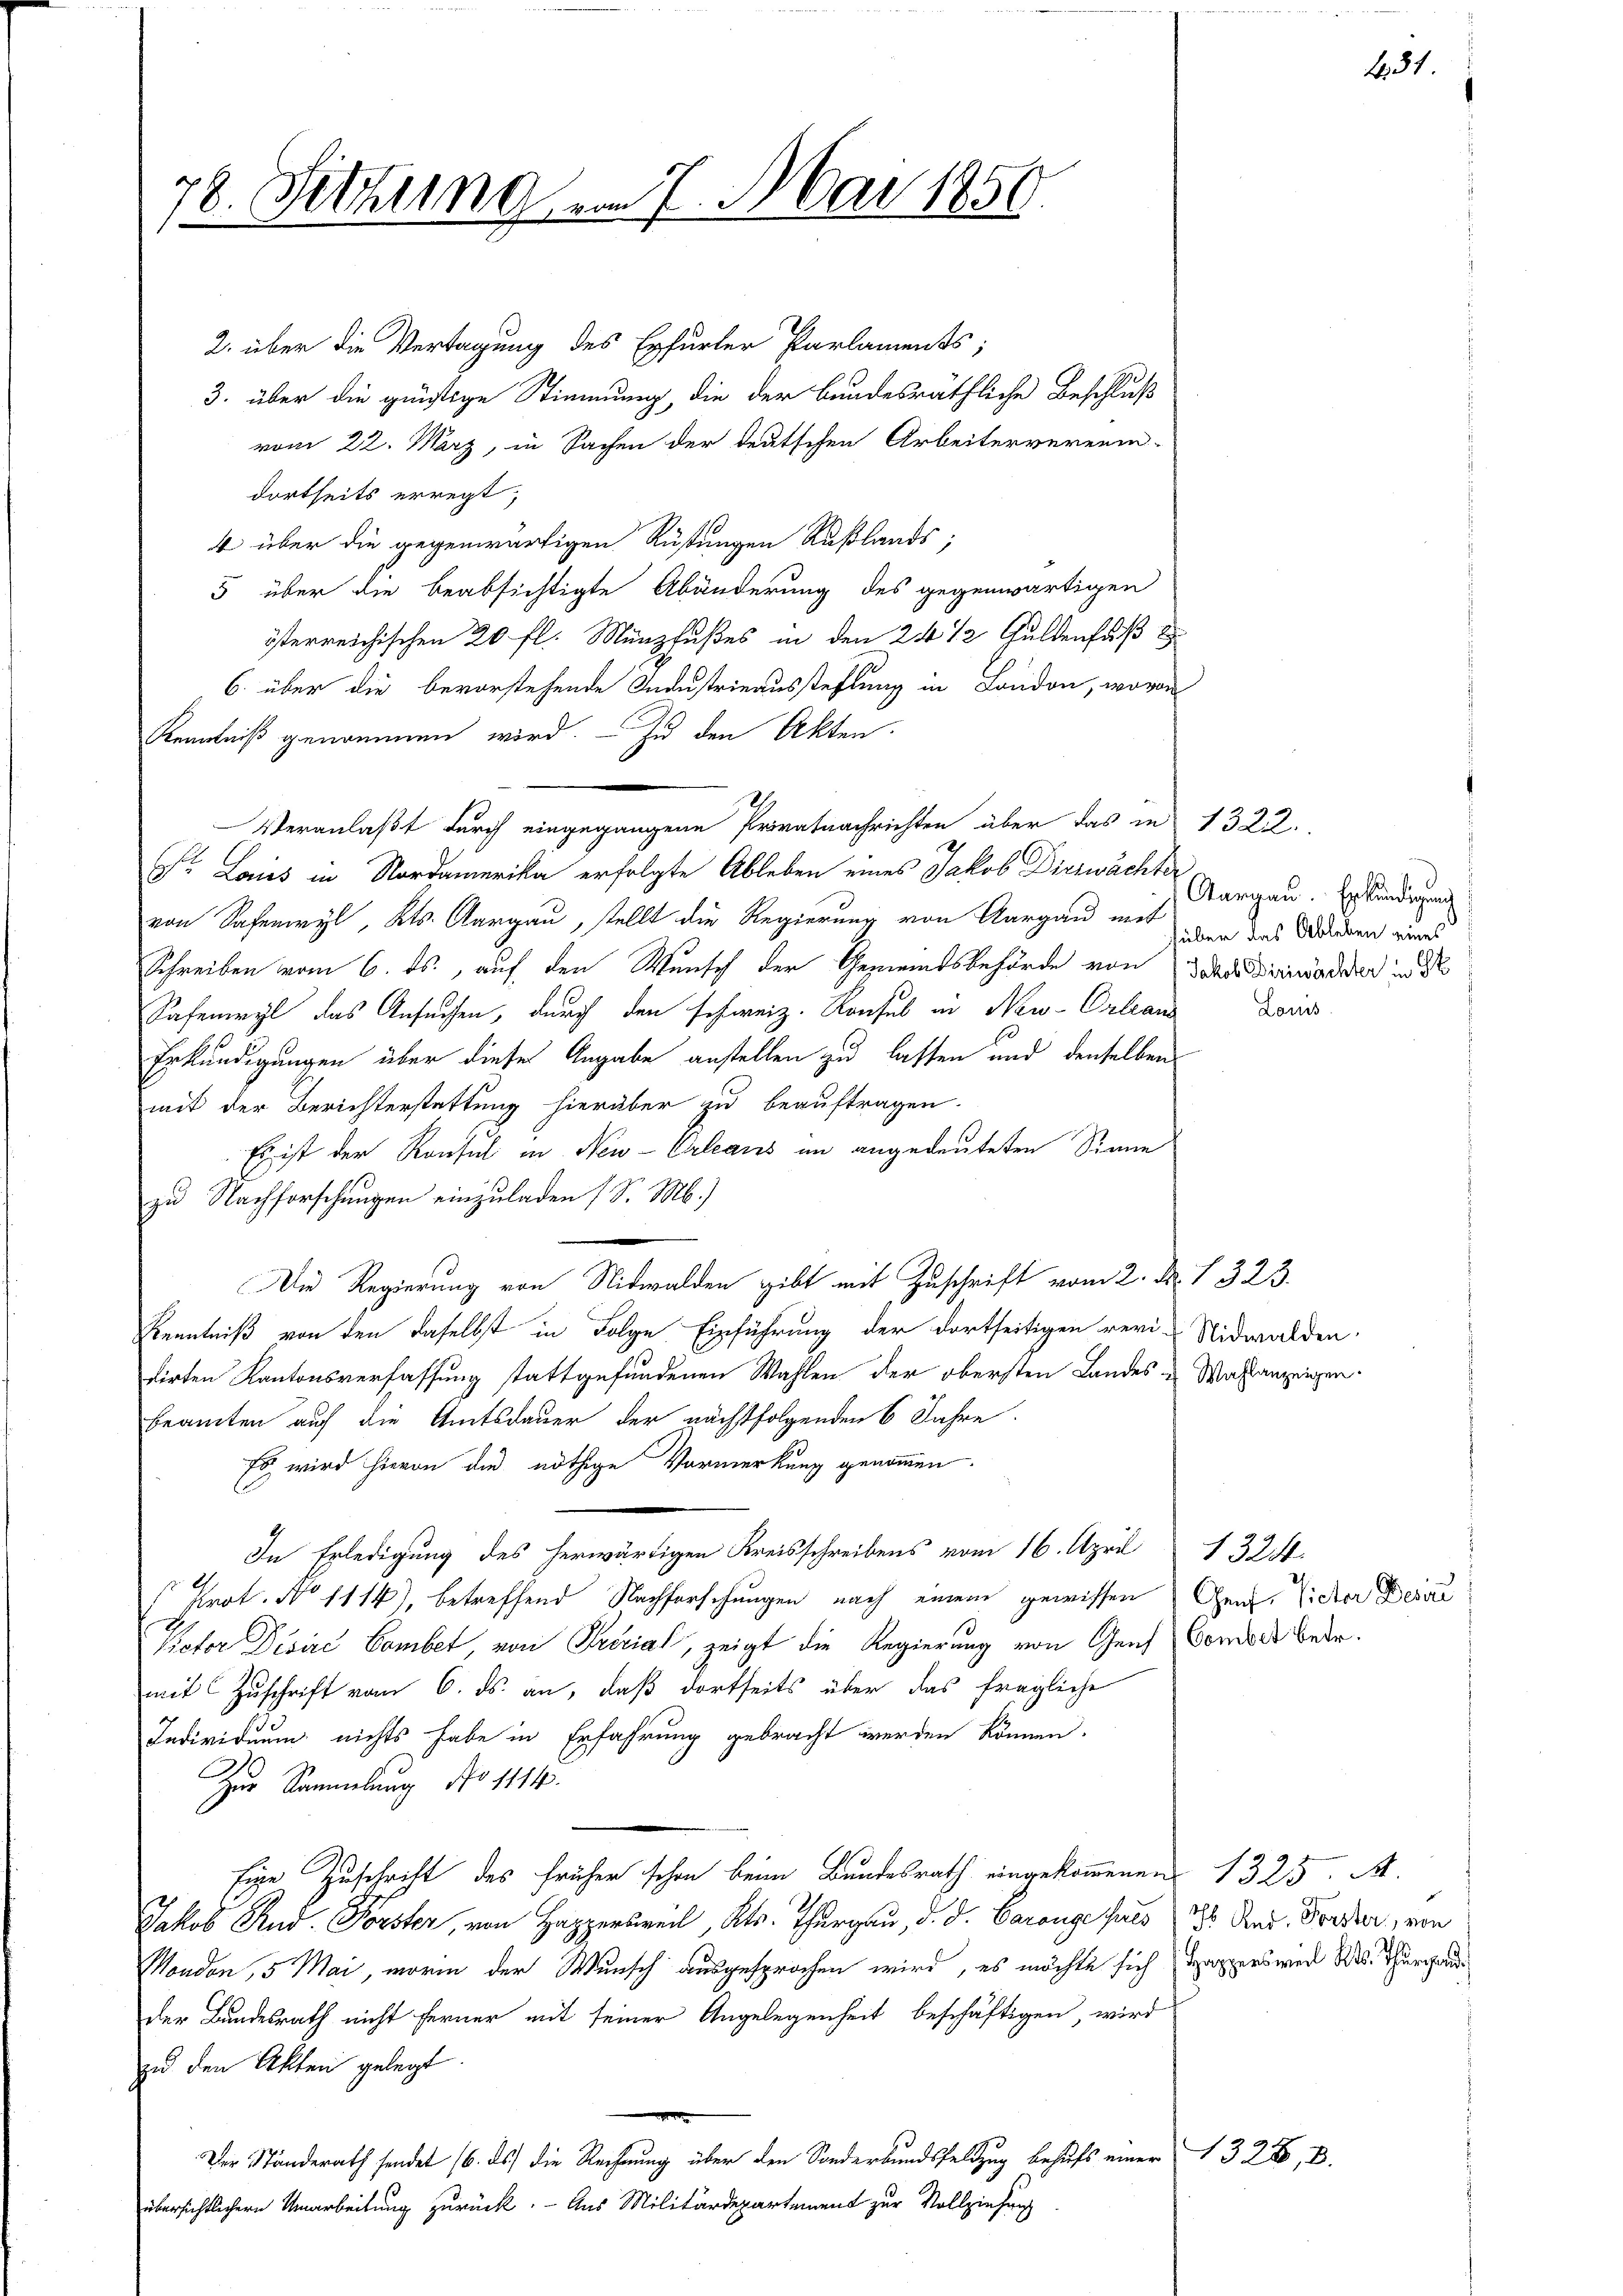
78. Sitzung
w

2. über die Vertagung des Erfurter Parlaments;
3. über die günstige Stimmung, die der bundesräthliche Beschluß
vom 22. März, in Sachen der deutschen Arbeiterverein-
dortseits erregt,
4 über die gegenwärtigen Rüstungen Rußlands;
5 über die beabsichtigte Abänderung des gegenwärtigen
österreichischen 20 fl. Münzfußes in den 24 1/2 Guldenfuß
6. über die bevorstehende Industrieausstellung in London, wovon
Kenntniß genommen wird. — Zu den Akten.
Veranlaßt durch eingegangene Privatnachrichten über das in 1322.
Dr. Laies in Nordamerika erfolgte Ableben eines Jakob Diezwächter
von Sachenwyl, Kts. Aargau, stellt die Regierung von Aargau mit den das Bedieren einer
Schreiben vom 6. ds., auf den Wunsch der Gemeindsbehörde von dass diewaderer und d
Safenwyl das Ansuchen, durch den schweiz. Konsul in New-Orleans
Erkundigungen über diese Angabe anstellen zu lassen und denselben
mit der Berichterstattung hierüber zu beauftragen.
Es ist der Konsul in New-Orlearis im angedeuteten Sinne
zu Nachforschungen einzuladen (S. M.)
Die Regierung von Nidwalden gibt mit Zuschrift vom 2. d. 1. 323.
Kenntniß von den daselbst in Folge Einführung der dortseitigen revi-Nidwalden.
dirten Kantonsverfassung stattgefundenen Wahlen der obersten Landes u. Wahlanzeigen.
beamten auf die Amtsdauer der nächstfolgenden 6 Jahre
Es wird hievon die nöthige Vormerkung genommen.
In Erledigung des herwärtigen Kreisschreibens vom 16. April 1324.
Prot. No 1114), betreffend Nachforschungen nach einem gewissen Gen. Victor Deine
Potor Disire Combet, von Prerial, zeigt die Regierung von Genf Comtes bedemit Zuschrift vom 6. ds. an, daß dortseits über das fragliche
Individuum nichts habe in Erfahrung gebracht werden können.
Zur Sammlung No 1114.
ie Zuschrift des früher schon beim Bundesrath eingekommenen 1325. A
Jakob Rud. Forster, von Happersweil, Kts. Thurgau, d. d. Carouge puis 886 And. Forder, von
Manden, 5 Mai, worin der Wunsch ausgesprochen wird, es möchte sich Sappers wird des Thurgau
der Landesrath nicht ferner mit seiner Angelegenheit beschäftigen, wird
zu den Akten gelegt.
.
Der Standerath sendet 16. ds die Rechnung über den Sonderbundsfeldzug behufs einer
übersichtlichern Umarbeitung zurück. - Aus Militärdepartement zur Vollziehung

vom 7. Mai 1850.

431.

Aargau. Erkundigung
Louis

328, 8.